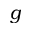
g